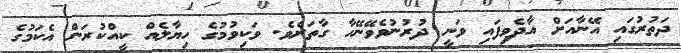
ދަތުރުގައި އޭނާއަށް އާދެވިފައި ވަނީ ދުރުނުވެވޭނޭހާ ގާތަށެވެ. ވަކިވުމުގެ ހިޔާލެއް ކީއްކުރަން އެކަމުގެ